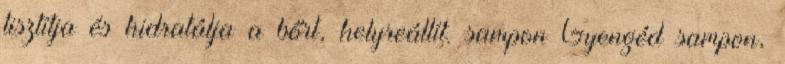
tisztítja és hidratálja a bőrt, helyreállít. sampon Gyengéd sampon,